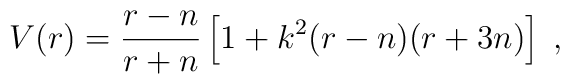
V(r)=\frac{r-n}{r+n}\left[1+k^2(r-n)(r+3n)\right]\;,